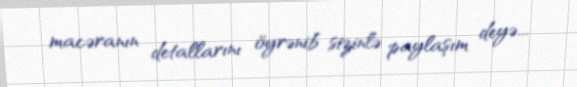
macəranın detallarını öyrənib sizinlə paylaşım deyə...